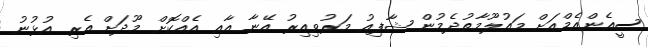
ސީއެންއެމްއަށް މައުލޫމާތުދެމުން ޝާފިއު މަރުވިއިރު އޭނާ އާއި އެއްކޮށް މޫދަށް އެރި އުޅުނު